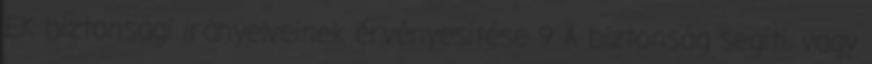
EK biztonsági irányelveinek érvényesítése 9 A biztonság segíti, vagy